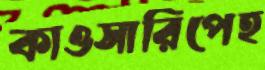
কাওসারিপেহ